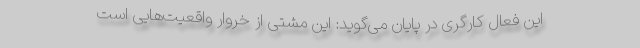
این فعال کارگری در پایان می‌گوید: این مشتی از خروار واقعیت‌هایی است